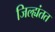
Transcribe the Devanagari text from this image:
जिल्ह्यंतत